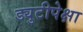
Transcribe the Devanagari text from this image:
ड्युटीपेक्षा